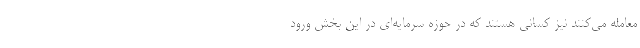
معامله می‌کنند نیز کسانی هستند که در حوزه سرمایه‌ای در این بخش ورود